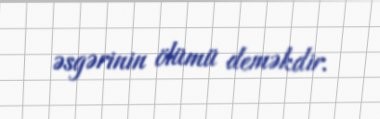
əsgərinin ölümü deməkdir.